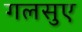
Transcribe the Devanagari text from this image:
गलसुए